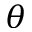
\theta